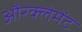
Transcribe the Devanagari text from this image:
औरक्लेमेंट